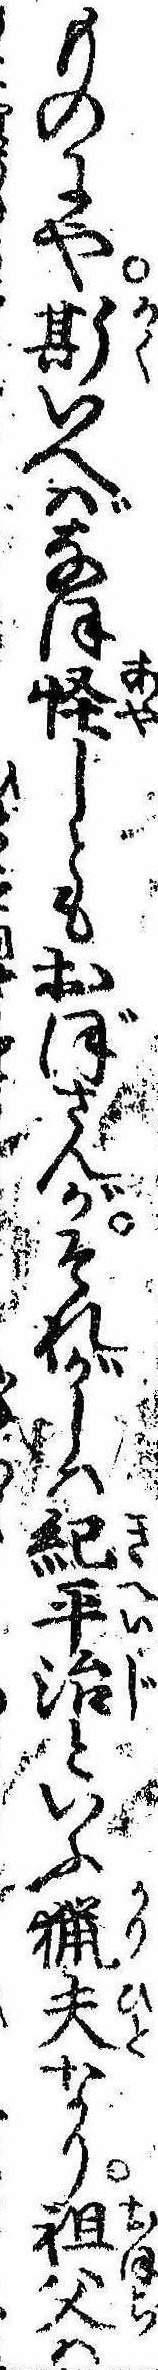
ものにや斯いへばなほ怪しともおぼさんがそれがしは紀平治といふ猟夫なり祖父は